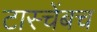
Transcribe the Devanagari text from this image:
टास्चेंबच